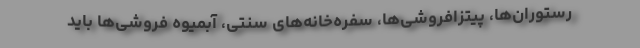
رستوران‌ها، پیتزافروشی‌ها، سفره‌خانه‌های سنتی، آبمیوه فروشی‌ها باید